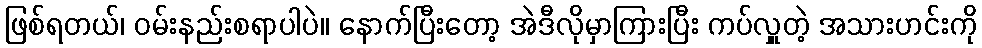
ဖြစ်ရတယ်၊ ဝမ်းနည်းစရာပါပဲ။ နောက်ပြီးတော့ အဲဒီလိုမှာကြားပြီး ကပ်လှူတဲ့ အသားဟင်းကို